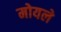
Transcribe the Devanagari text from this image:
मोयले